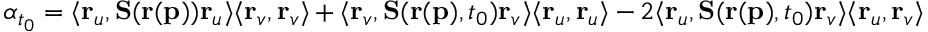
\alpha _ { t _ { 0 } } = \langle \mathbf { r } _ { u } , \mathbf { S } ( \mathbf { r } ( \mathbf { p } ) ) \mathbf { r } _ { u } \rangle \langle \mathbf { r } _ { v } , \mathbf { r } _ { v } \rangle + \langle \mathbf { r } _ { v } , \mathbf { S } ( \mathbf { r } ( \mathbf { p } ) , t _ { 0 } ) \mathbf { r } _ { v } \rangle \langle \mathbf { r } _ { u } , \mathbf { r } _ { u } \rangle - 2 \langle \mathbf { r } _ { u } , \mathbf { S } ( \mathbf { r } ( \mathbf { p } ) , t _ { 0 } ) \mathbf { r } _ { v } \rangle \langle \mathbf { r } _ { u } , \mathbf { r } _ { v } \rangle